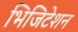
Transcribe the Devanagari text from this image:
भिजिटेशन